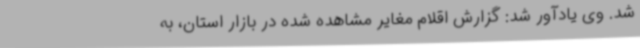
شد. وی یادآور شد: گزارش اقلام مغایر مشاهده شده در بازار استان، به